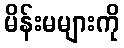
မိန်းမများကို